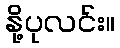
နို့ပုလင်း။